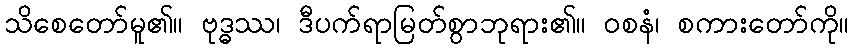
သိစေတော်မူ၏။ ဗုဒ္ဓဿ၊ ဒီပက်ရာမြတ်စွာဘုရား၏။ ဝစနံ၊ စကားတော်ကို။